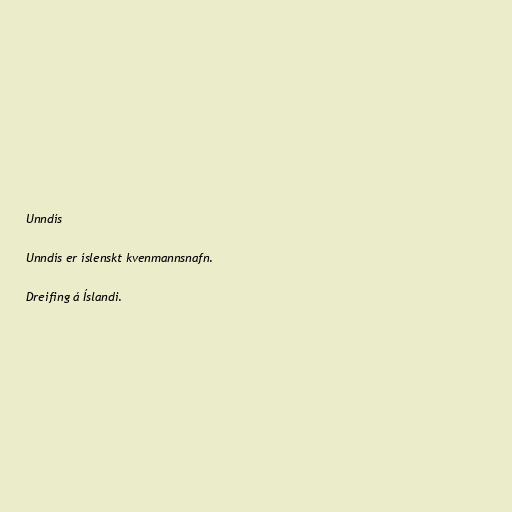
Unndís

Unndís er íslenskt kvenmannsnafn.

Dreifing á Íslandi.